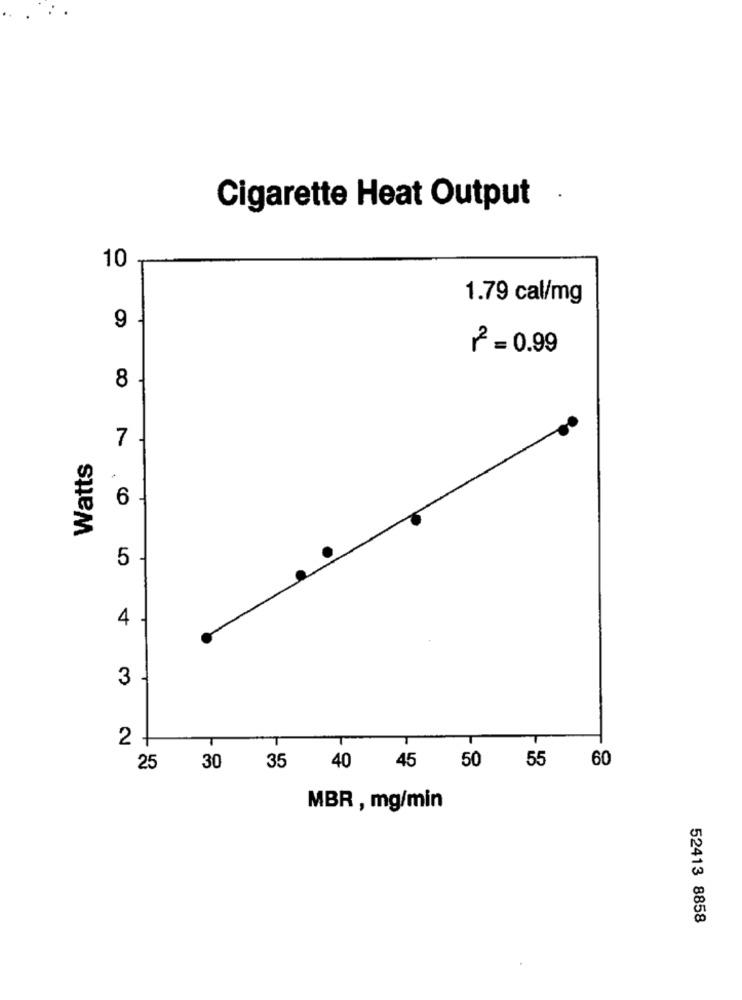
Cigarette Heat Output
10
1.79 cal/mg
9
₪=0.99
8
7
Watts
6
5
4
3
2 +
45
50
60
25
30
35
40
55
MBR , mg/min
52413 8858